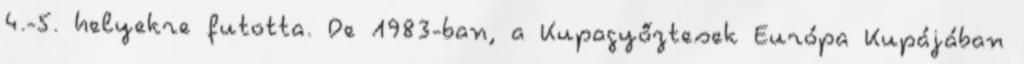
4.-5. helyekre futotta. De 1983-ban, a Kupagyőztesek Európa Kupájában